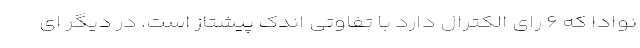
نوادا که ۶ رای الکترال دارد با تفاوتی اندک پیشتاز است. در دیگر ای